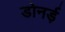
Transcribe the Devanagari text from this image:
डोनर्ड़